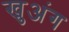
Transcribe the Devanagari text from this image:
खुअंग